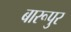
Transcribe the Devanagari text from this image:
बारूपुर